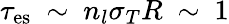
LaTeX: \tau_{\mathrm{es}}~\sim~n_{l}\sigma_{T}R~\sim~1